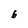
Character: 6